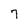
Character: 7